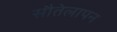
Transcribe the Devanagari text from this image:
सौतेलापन